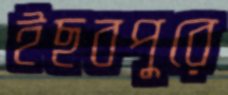
ইছবপুরে